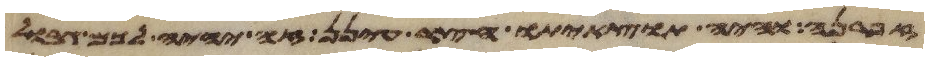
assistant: זפרנה והיה תוצאיתו חצר עינן זה יהיה לכם גבול